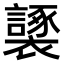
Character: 𧞮